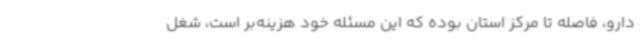
دارو، فاصله تا مرکز استان بوده که این مسئله خود هزینه‌بر است، شغل